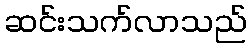
ဆင်းသက်လာသည်